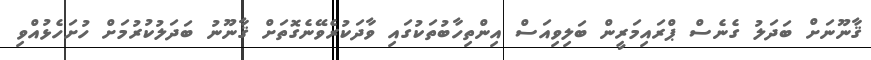
ޤާނޫނަށް ބަދަލު ގެނެސް ޕްރައިމަރީން ބަލިވިއަސް އިންތިހާބުތަކުގައި ވާދަކުރެވޭނެގޮތަށް ޤާނޫނު ބަދަލުކުރުމަށް ހުށަހެޅުއްވި